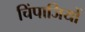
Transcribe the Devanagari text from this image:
चिंपाजियों